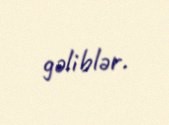
gəliblər.